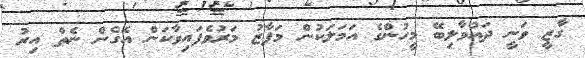
ގާޒީ ވަނީީ ދައުވާލިބޭ މީހުންގެ އަމަލަކުން މަފާޒު މަރުވެފައިވާކަން އެގެން ނެތް އިރު